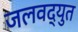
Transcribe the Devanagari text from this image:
जलवद्युत